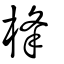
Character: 桻